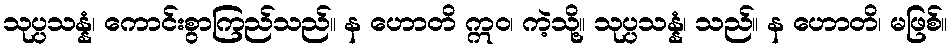
သုပ္ပသန္နံ၊ ကောင်းစွာကြည်သည်။ န ဟောတိ ဣဝ၊ ကဲ့သို့။ သုပ္ပသန္နံ၊ သည်။ န ဟောတိ၊ မဖြစ်။